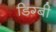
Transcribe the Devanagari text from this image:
डिग्‍बी